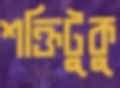
শক্তিটুকু